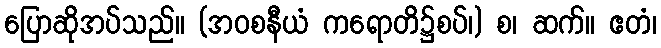
ပြောဆိုအပ်သည်။ (အဝစနီယံ ကရောတိ၌စပ်၊) စ၊ ဆက်။ ဧတံ၊